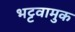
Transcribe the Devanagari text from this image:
भट्टवामुक